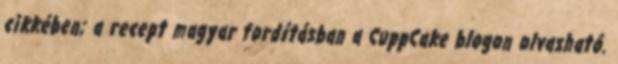
cikkében; a recept magyar fordításban a CuppCake blogon olvasható.